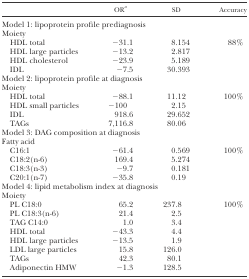
<table><thead><tr><td></td><td><b>OR<i><sup>a</sup></i></b></td><td><b>SD</b></td><td><b>Accuracy</b></td></tr></thead><tbody><tr><td colspan="4">Model 1: lipoprotein profile prediagnosis</td></tr><tr><td>Moiety</td><td></td><td></td><td></td></tr><tr><td> HDL total</td><td>−31.1</td><td>8.154</td><td>88%</td></tr><tr><td> HDL large particles</td><td>−13.2</td><td>2.817</td><td></td></tr><tr><td> HDL cholesterol</td><td>−23.9</td><td>5.189</td><td></td></tr><tr><td> IDL</td><td>−7.5</td><td>30.393</td><td></td></tr><tr><td colspan="4">Model 2: lipoprotein profile at diagnosis</td></tr><tr><td>Moiety</td><td></td><td></td><td></td></tr><tr><td> HDL total</td><td>−88.1</td><td>11.12</td><td>100%</td></tr><tr><td> HDL small particles</td><td>−100</td><td>2.15</td><td></td></tr><tr><td> IDL</td><td>918.6</td><td>29.652</td><td></td></tr><tr><td> TAGs</td><td>7,116.8</td><td>80.06</td><td></td></tr><tr><td colspan="4">Model 3: DAG composition at diagnosis</td></tr><tr><td>Fatty acid</td><td></td><td></td><td></td></tr><tr><td> C16:1</td><td>−61.4</td><td>0.569</td><td>100%</td></tr><tr><td> C18:2(n-6)</td><td>169.4</td><td>5.274</td><td></td></tr><tr><td> C18:3(n-3)</td><td>−9.7</td><td>0.181</td><td></td></tr><tr><td> C20:1(n-7)</td><td>−35.8</td><td>0.19</td><td></td></tr><tr><td colspan="4">Model 4: lipid metabolism index at diagnosis</td></tr><tr><td>Moiety</td><td></td><td></td><td></td></tr><tr><td> PL C18:0</td><td>65.2</td><td>237.8</td><td>100%</td></tr><tr><td> PL C18:3(n-6)</td><td>21.4</td><td>2.5</td><td></td></tr><tr><td> TAG C14:0</td><td>1.0</td><td>3.4</td><td></td></tr><tr><td> HDL total</td><td>−43.3</td><td>4.4</td><td></td></tr><tr><td> HDL large particles</td><td>−13.5</td><td>1.9</td><td></td></tr><tr><td> LDL large particles</td><td>15.8</td><td>126.0</td><td></td></tr><tr><td> TAGs</td><td>42.3</td><td>80.1</td><td></td></tr><tr><td> Adiponectin HMW</td><td>−1.3</td><td>128.5</td><td></td></tr></tbody></table>